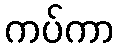
ကပ်ကာ